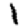
Digit: 1